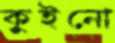
কুইনো